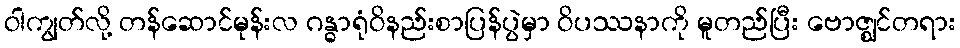
ဝါကျွတ်လို့ တန်ဆောင်မုန်းလ ဂန္ဓာရုံဝိနည်းစာပြန်ပွဲမှာ ဝိပဿနာကို မူတည်ပြီး ဗောဇ္ဈင်တရား